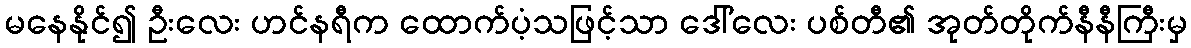
မနေနိုင်၍ ဦးလေး ဟင်နရီက ထောက်ပံ့သဖြင့်သာ ဒေါ်လေး ပစ်တီ၏ အုတ်တိုက်နီနီကြီးမှ